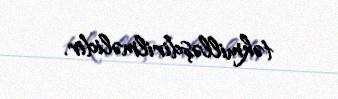
təkmilləşdirilməlidir.